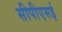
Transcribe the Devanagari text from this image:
सीपीएसई